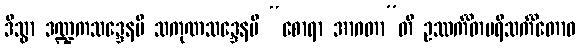
ဒိသွာ ဒဏ္ဍကသဒ္ဒေနပိ သကုဏသဒ္ဒေနပိ “စောရာ အာဂတာ”တိ ဥဿင်္ကိတပရိသင်္ကိတောဝ